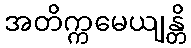
အတိက္ကမေယျန္တိ